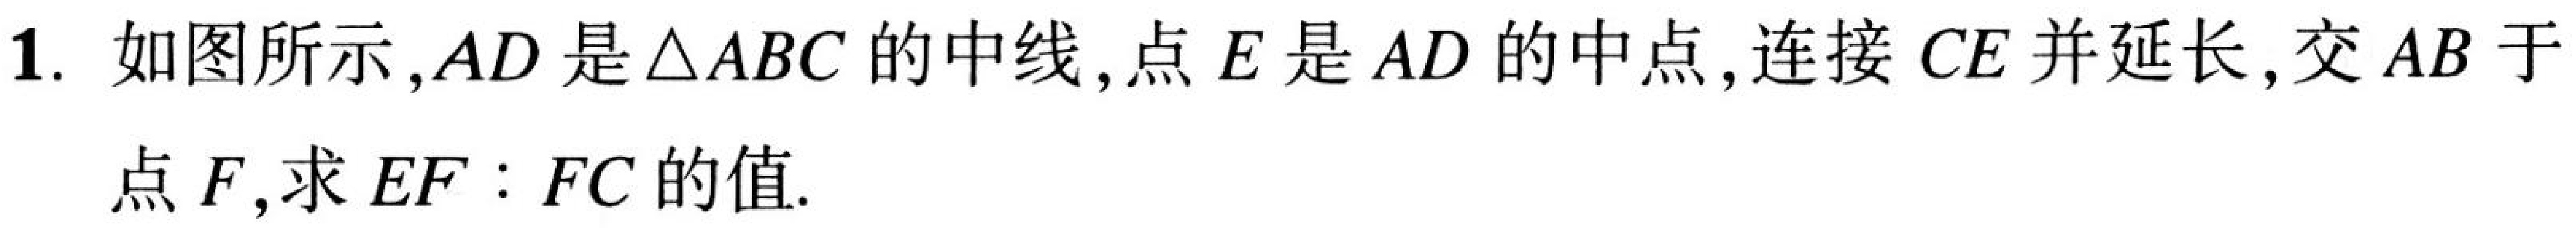
1. 如图所示,\(AD\)是\(\triangle ABC\)的中线,点\(E\)是\(AD\)的中点,连接\(CE\)并延长,交\(AB\)于点\(F\),求\(EF:FC\)的值.